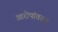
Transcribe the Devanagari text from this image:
आरोपांवरुन